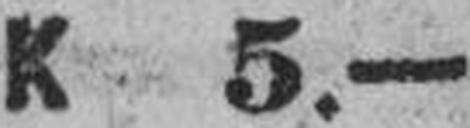
K 5.—